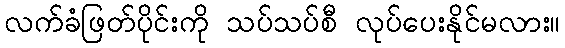
လက်ခံဖြတ်ပိုင်းကို သပ်သပ်စီ လုပ်ပေးနိုင်မလား။